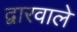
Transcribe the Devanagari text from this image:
द्वारवाले